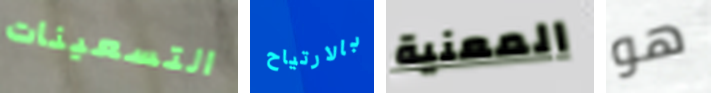
التسعينات بالارتياح المعنية هو